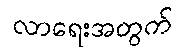
လာရေးအတွက်